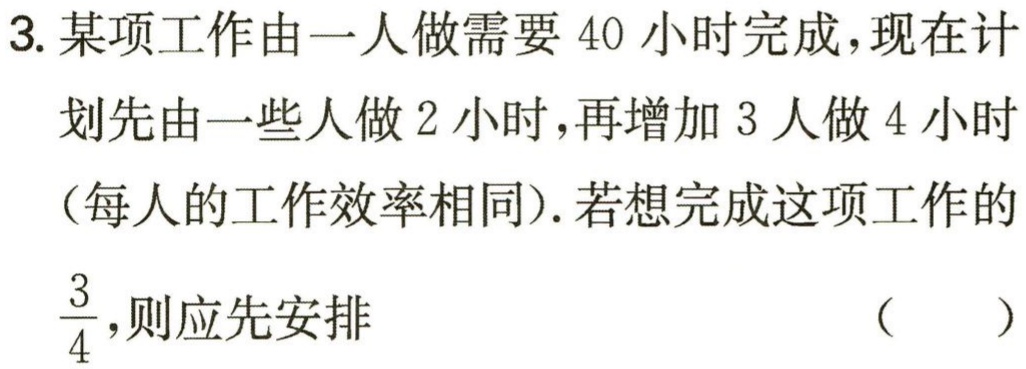
3. 某项工作由一人做需要 40 小时完成，现在计划先由一些人做 2 小时，再增加 3 人做 4 小时（每人的工作效率相同）. 若想完成这项工作的$\frac{3}{4}$，则应先安排 （  ）